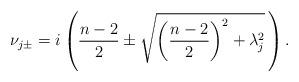
LaTeX: \begin{align*} \nu_{j\pm}=i\left(\frac{n-2}{2}\pm\sqrt{\left(\frac{n-2}{2}\right)^2+\lambda_j^2}\,\right).\end{align*}